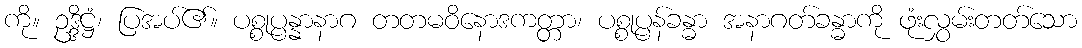
ကို။ ဥဒ္ဒိဋ္ဌံ၊ ပြအပ်၏။ ပစ္စုပ္ပန္နာနာဂ တတမဝိနောဒကတ္တာ၊ ပစ္စုပ္ပန်ခန္ဓာ အနာဂတ်ခန္ဓာကို ဖုံးလွှမ်းတတ်သော